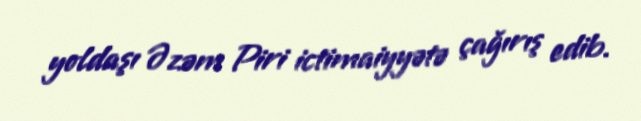
yoldaşı Əzəm Piri ictimaiyyətə çağırış edib.